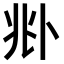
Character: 𠧞